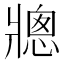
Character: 𪺠